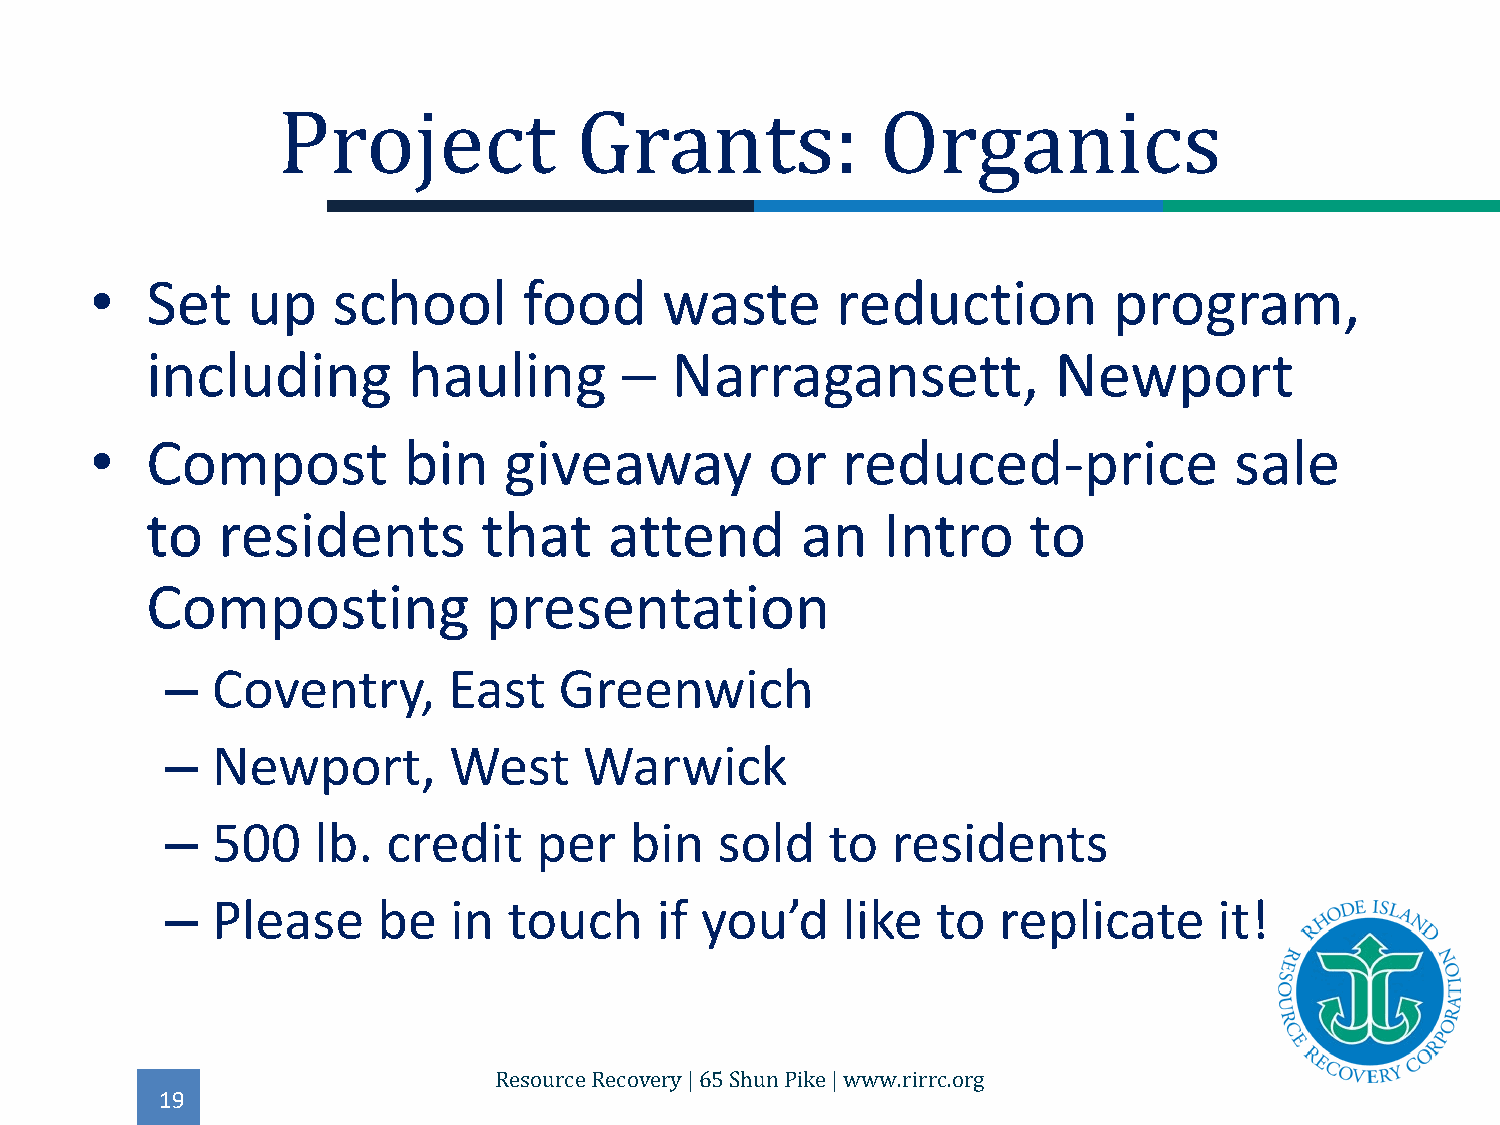
•   Set   up    school       food     waste      reduction          program,
 Project             Grants:             Organics
 including        hauling       –  Narragansett,             Newport
 •   Compost          bin   giveaway          or   reduced-price             sale
 to  residents         that    attend       an   Intro     to
 Composting            presentation
 –  Coventry,       East   Greenwich
 –  Newport,        West     Warwick
 –  500    lb.  credit    per   bin   sold   to  residents
 –  Please     be   in  touch    if you’d     like  to  replicate      it!
 19
 Resource Recovery | 65 Shun Pike | www.rirrc.org